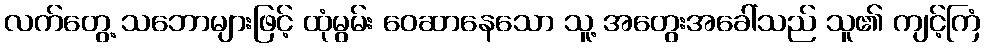
လက်တွေ့ သဘောများဖြင့် ထုံမွမ်း ဝေဆာနေသော သူ့ အတွေးအခေါ်သည် သူ၏ ကျင့်ကြံ